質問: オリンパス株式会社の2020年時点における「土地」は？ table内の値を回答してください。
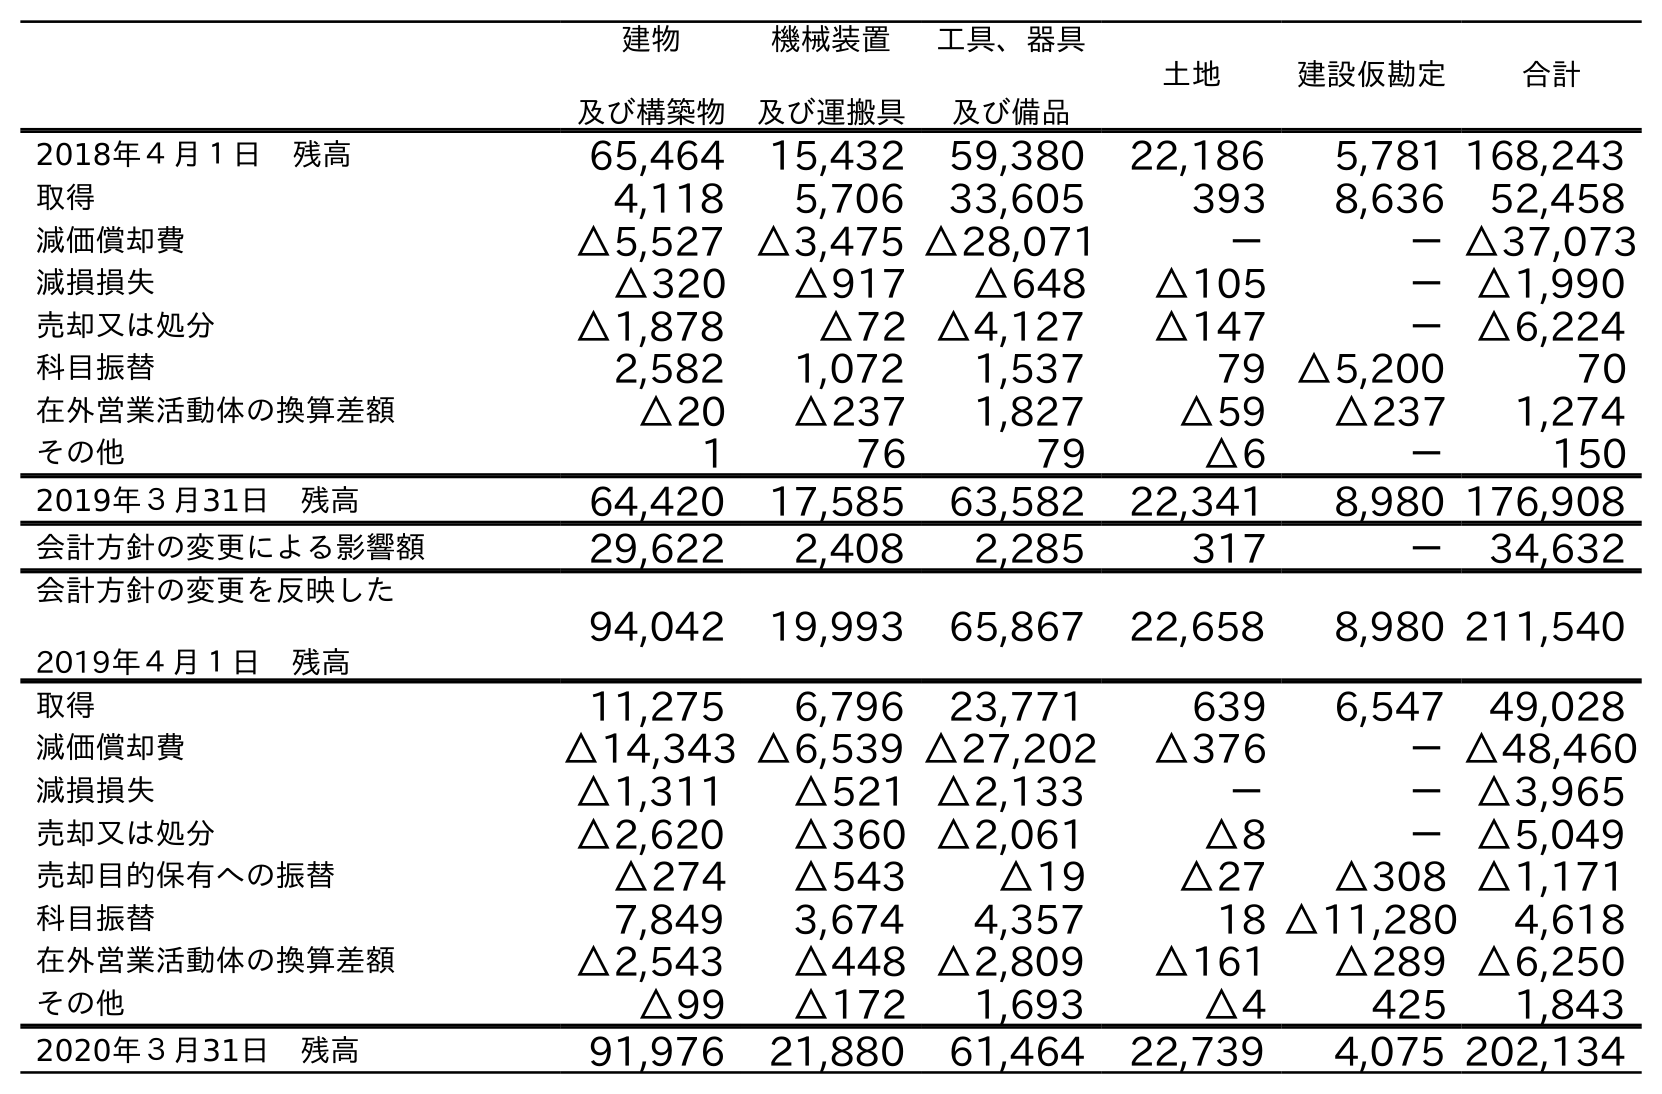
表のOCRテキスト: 建物 及び構築物 機械装置 及び運搬具 工具、器具 及び備品 土地 建設仮勘定 合計 2018年４月１日 残高 65,464 15,432 59,380 22,186 5,781 168,243 取得 4,118 5,706 33,605 393 8,636 52,458 減価償却費 △5,527 △3,475 △28,071 － －△37,073 減損損失 △320 △917 △648 △105 －△1,990 売却又は処分 △1,878 △72 △4,127 △147 －△6,224 科目振替 2,582 1,072 1,537 79 △5,200 70 在外営業活動体の換算差額 △20 △237 1,827 △59 △237 1,274 その他 1 76 79 △6 － 150 2019年３月31日 残高 64,420 17,585 63,582 22,341 8,980 176,908 会計方針の変更による影響額 29,622 2,408 2,285 317 － 34,632 会計方針の変更を反映した 2019年４月１日 残高 94,042 19,993 65,867 22,658 8,980 211,540 取得 11,275 6,796 23,771 639 6,547 49,028 減価償却費 △14,343 △6,539 △27,202 △376 －△48,460 減損損失 △1,311 △521 △2,133 － －△3,965 売却又は処分 △2,620 △360 △2,061 △8 －△5,049 売却目的保有への振替 △274 △543 △19 △27 △308 △1,171 科目振替 7,849 3,674 4,357 18 △11,280 4,618 在外営業活動体の換算差額 △2,543 △448 △2,809 △161 △289 △6,250 その他 △99 △172 1,693 △4 425 1,843 2020年３月31日 残高 91,976 21,880 61,464 22,739 4,075 202,134
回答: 22,739